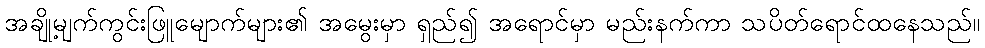
အချို့မျက်ကွင်းဖြူမျောက်များ၏ အမွေးမှာ ရှည်၍ အရောင်မှာ မည်းနက်ကာ သပိတ်ရောင်ထနေသည်။